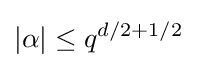
|\alpha |\leq q^{d/2+1/2}